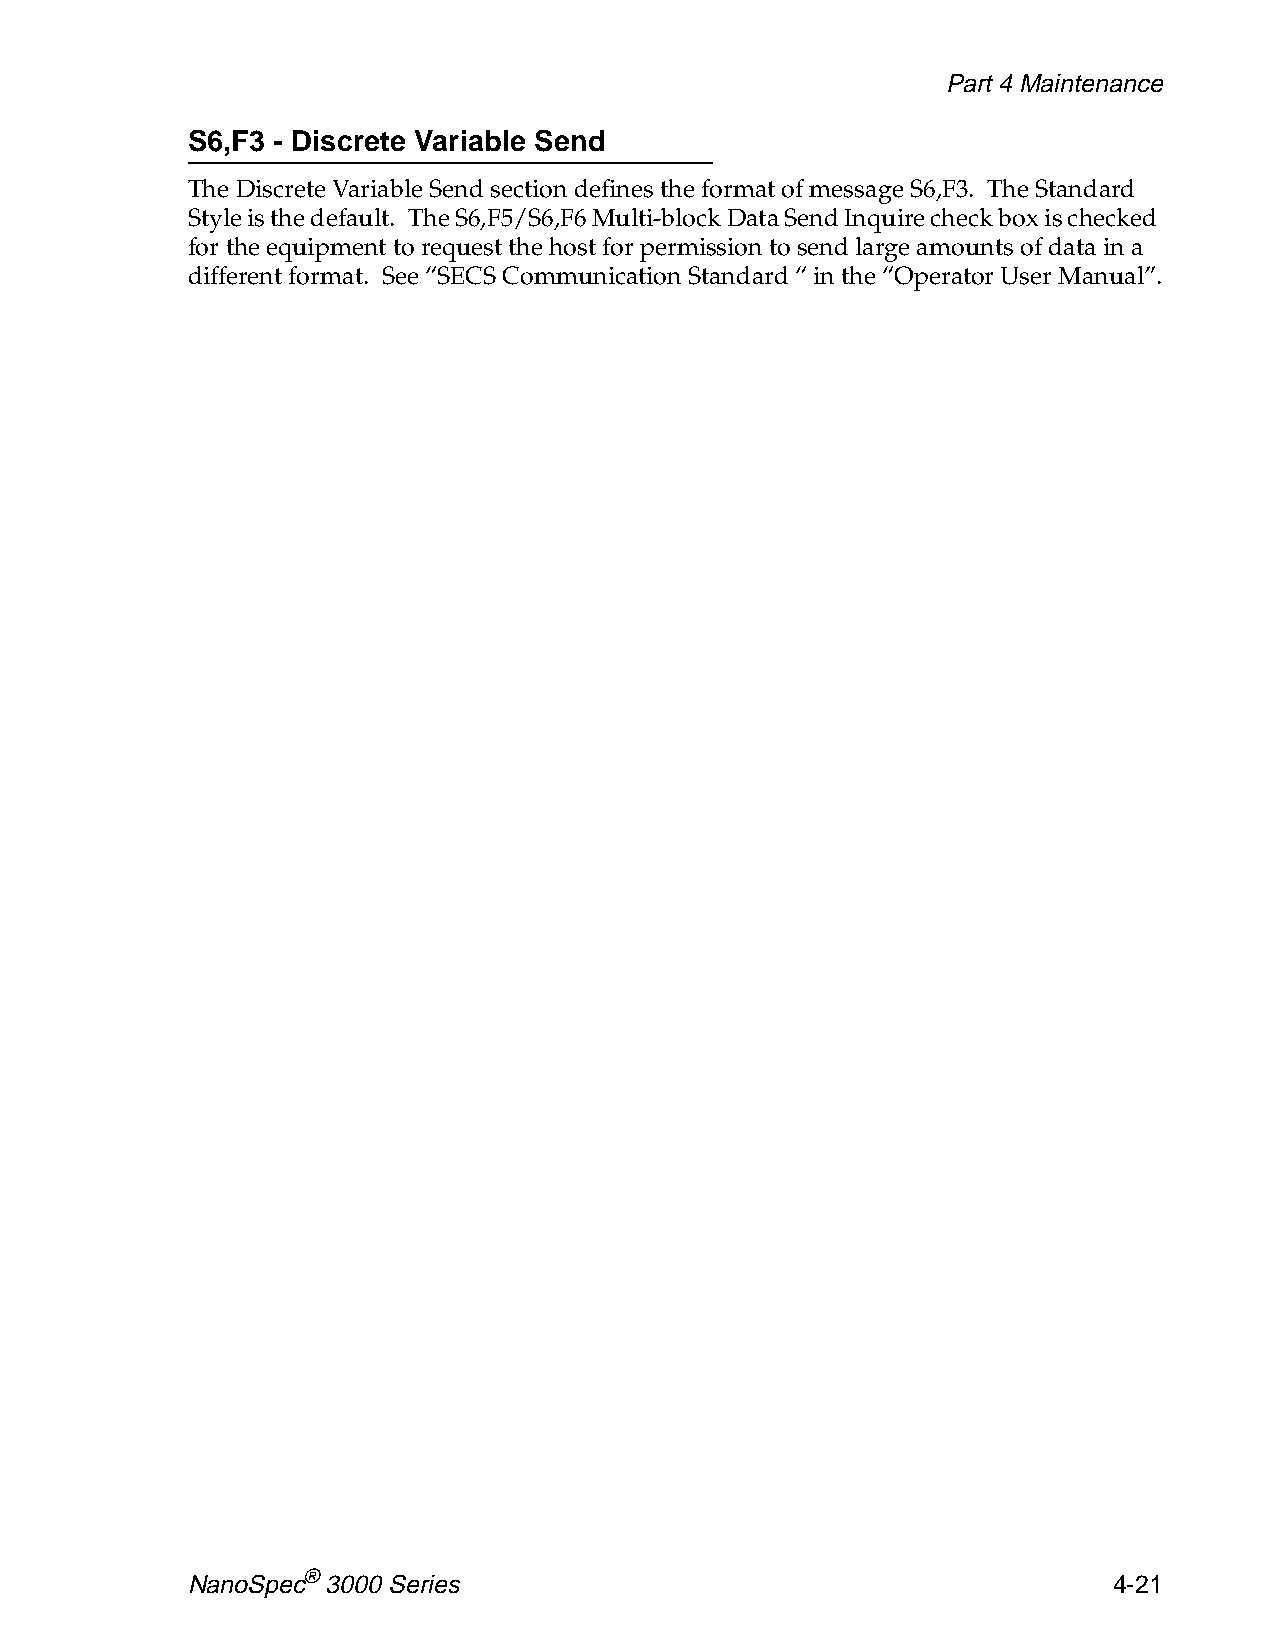
Part 4 Maintenance
 S6,F3 - Discrete Variable Send
 The Discrete Variable Send section defines the format of message S6,F3. The Standard
 Style is the default. The S6,F5/S6,F6 Multi-block Data Send Inquire check box is checked
 for the equipment to request the host for permission to send large amounts of data in a
 different format. See “SECS Communication Standard “ in the “Operator User Manual”.
 NanoSpec® 3000 Series                                         4-21